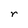
Character: r